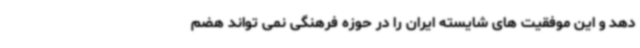
دهد و این موفقیت های شایسته ایران را در حوزه فرهنگی نمی تواند هضم